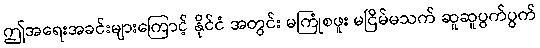
ဤအရေးအခင်းများကြောင့် နိုင်ငံ အတွင်း မကြုံစဖူး မငြိမ်မသက် ဆူဆူပွက်ပွက်